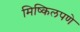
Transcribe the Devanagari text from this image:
मिष्किलपणे